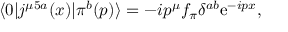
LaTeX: \langle 0 | j ^ { \mu 5 a } ( x ) | \pi ^ { b } ( p ) \rangle = - i p ^ { \mu } f _ { \pi } \delta ^ { a b } \mathrm { e } ^ { - i p x } ,